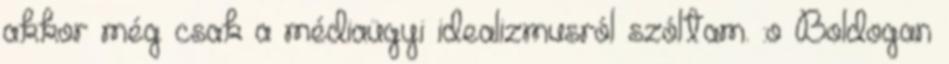
akkor még csak a médiaügyi idealizmusról szóltam. :o Boldogan